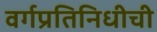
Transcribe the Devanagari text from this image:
वर्गप्रतिनिधीची